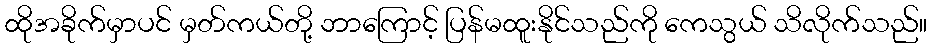
ထိုအခိုက်မှာပင် မှတ်ကယ်တို့ ဘာကြောင့် ပြန်မထူးနိုင်သည်ကို ကေသွယ် သိလိုက်သည်။